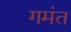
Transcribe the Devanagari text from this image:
गमंत